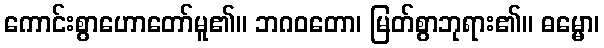
ကောင်းစွာဟောတော်မူ၏။ ဘဂဝတော၊ မြတ်စွာဘုရား၏။ ဓမ္မော၊